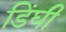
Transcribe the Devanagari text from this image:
डिंघी